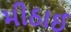
મીઠાઈ